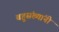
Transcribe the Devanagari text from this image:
बहुसंख्यांनी